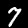
Digit: 7